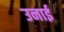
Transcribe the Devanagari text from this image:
उनाई